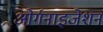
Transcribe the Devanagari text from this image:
ओर्गनाइजेशन